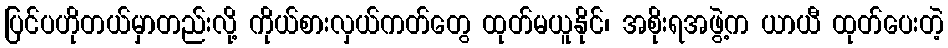
ပြင်ပဟိုတယ်မှာတည်းလို့ ကိုယ်စားလှယ်ကတ်တွေ ထုတ်မယူနိုင်၊ အစိုးရအဖွဲ့က ယာယီ ထုတ်ပေးတဲ့